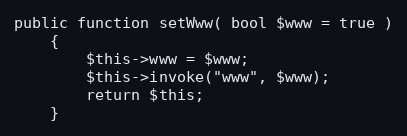
Language: PHP
public function setWww( bool $www = true )
	{
		$this->www = $www;
		$this->invoke("www", $www);
		return $this;
	}